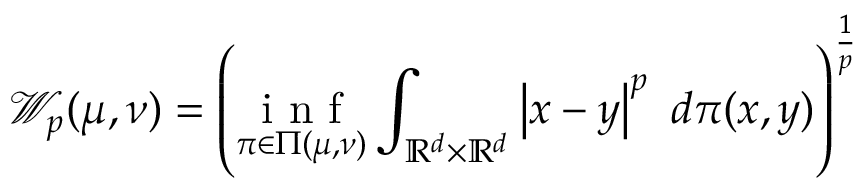
\mathcal { W } _ { p } ( \mu , \nu ) = \left( \underset { \pi \in \Pi ( \mu , \nu ) } { \mathrm { ~ i ~ n ~ f ~ } } \int _ { \mathbb { R } ^ { d } \times \mathbb { R } ^ { d } } \left| x - y \right| ^ { p } \ d \pi ( x , y ) \right) ^ { \frac { 1 } { p } }